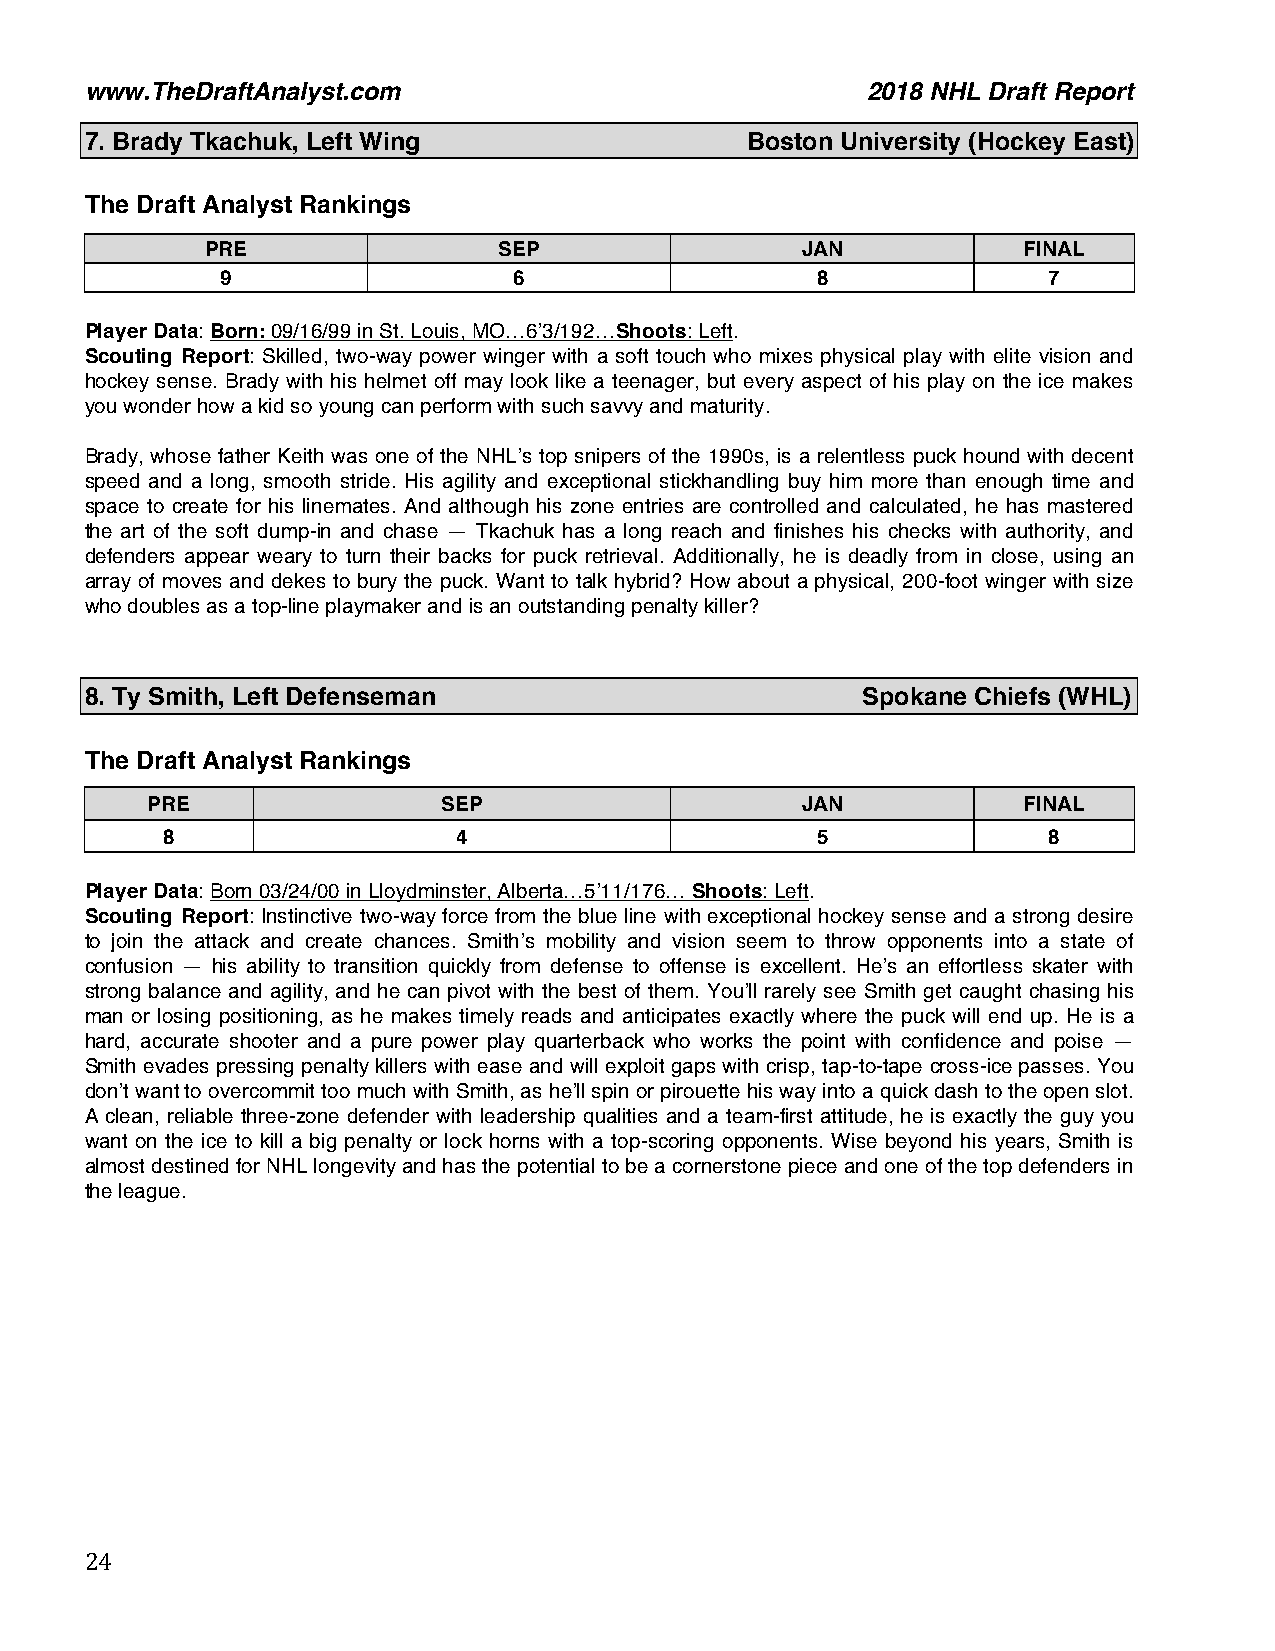
www.TheDraftAnalyst.com                            2018 NHL Draft Report
 7. Brady Tkachuk, Left Wing                Boston University (Hockey East)
 The Draft Analyst Rankings
 PRE                SEP                 JAN            FINAL
 9                  6                   8              7
 Player Data: Born: 09/16/99 in St. Louis, MO…6’3/192…Shoots: Left.
 Scouting Report: Skilled, two-way power winger with a soft touch who mixes physical play with elite vision and
 hockey sense. Brady with his helmet off may look like a teenager, but every aspect of his play on the ice makes
 you wonder how a kid so young can perform with such savvy and maturity.
 Brady, whose father Keith was one of the NHL’s top snipers of the 1990s, is a relentless puck hound with decent
 speed and a long, smooth stride. His agility and exceptional stickhandling buy him more than enough time and
 space to create for his linemates. And although his zone entries are controlled and calculated, he has mastered
 the art of the soft dump-in and chase — Tkachuk has a long reach and finishes his checks with authority, and
 defenders appear weary to turn their backs for puck retrieval. Additionally, he is deadly from in close, using an
 array of moves and dekes to bury the puck. Want to talk hybrid? How about a physical, 200-foot winger with size
 who doubles as a top-line playmaker and is an outstanding penalty killer?
 8. Ty Smith, Left Defenseman                       Spokane Chiefs (WHL)
 The Draft Analyst Rankings
 PRE                SEP                     JAN            FINAL
 8                  4                       5              8
 Player Data: Born 03/24/00 in Lloydminster, Alberta…5’11/176… Shoots: Left.
 Scouting Report: Instinctive two-way force from the blue line with exceptional hockey sense and a strong desire
 to join the attack and create chances. Smith’s mobility and vision seem to throw opponents into a state of
 confusion — his ability to transition quickly from defense to offense is excellent. He’s an effortless skater with
 strong balance and agility, and he can pivot with the best of them. You’ll rarely see Smith get caught chasing his
 man or losing positioning, as he makes timely reads and anticipates exactly where the puck will end up. He is a
 hard, accurate shooter and a pure power play quarterback who works the point with confidence and poise —
 Smith evades pressing penalty killers with ease and will exploit gaps with crisp, tap-to-tape cross-ice passes. You
 don’t want to overcommit too much with Smith, as he’ll spin or pirouette his way into a quick dash to the open slot.
 A clean, reliable three-zone defender with leadership qualities and a team-first attitude, he is exactly the guy you
 want on the ice to kill a big penalty or lock horns with a top-scoring opponents. Wise beyond his years, Smith is
 almost destined for NHL longevity and has the potential to be a cornerstone piece and one of the top defenders in
 the league.
 24